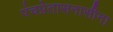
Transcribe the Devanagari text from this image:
पंचप्रेतासनासीना